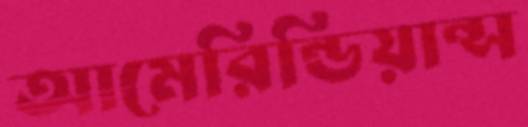
আমেরিন্ডিয়ান্স